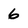
Character: 6